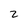
Character: 2